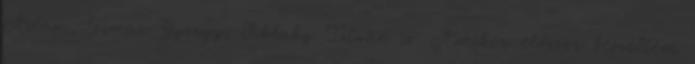
Ádám, Tímár György, Síklaky Ist­ván is. Amikor először beszéltem